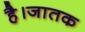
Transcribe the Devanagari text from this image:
है।जातक